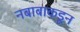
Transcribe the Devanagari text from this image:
नबाबाकडून